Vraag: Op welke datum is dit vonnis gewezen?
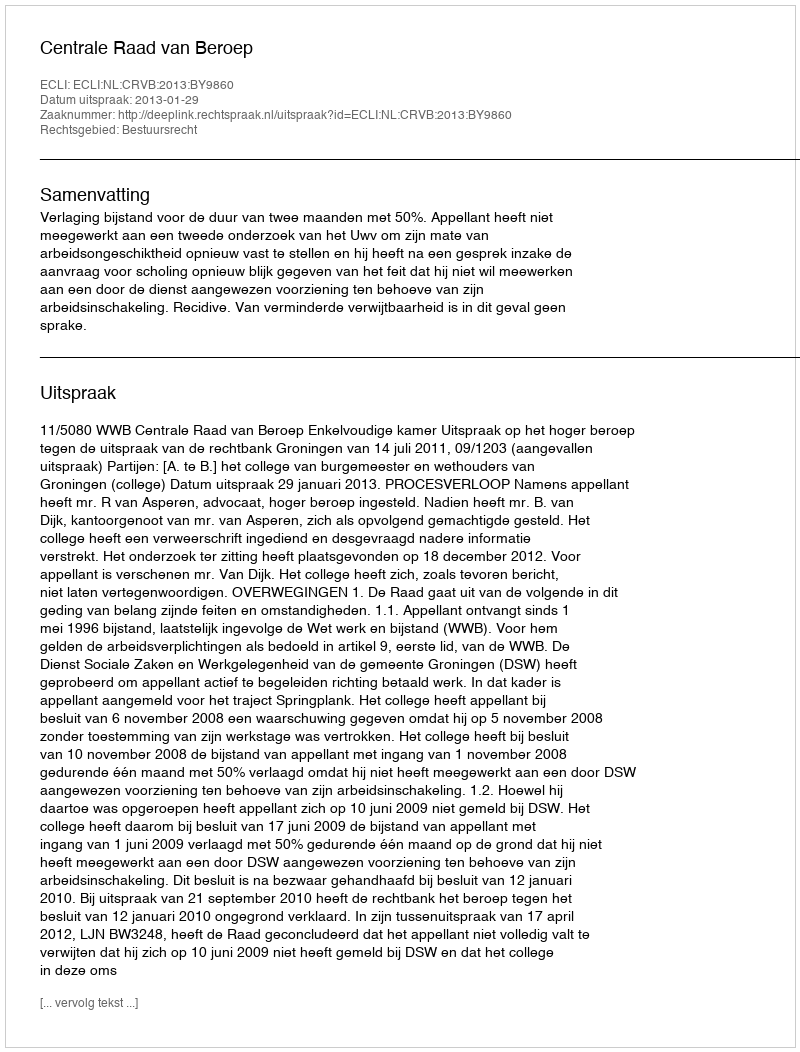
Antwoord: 2013-01-29